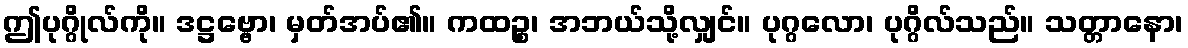
ဤပုဂ္ဂိုလ်ကို။ ဒဋ္ဌဗ္ဗော၊ မှတ်အပ်၏။ ကထဉ္စ၊ အဘယ်သို့လျှင်။ ပုဂ္ဂလော၊ ပုဂ္ဂိလ်သည်။ သတ္တာနော၊